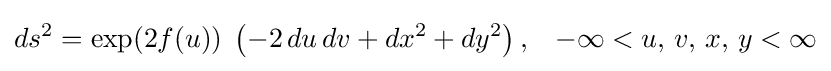
ds^{2}=\exp(2f(u))\;\left(-2\,du\,dv+dx^{2}+dy^{2}\right),\;\;\;-\infty <u,\,v,\,x,\,y<\infty